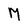
Character: M